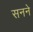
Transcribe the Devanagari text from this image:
सनने